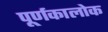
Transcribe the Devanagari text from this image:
पूर्णकालोक